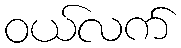
ဝယ်လက်